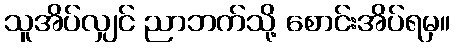
သူအိပ်လျှင် ညာဘက်သို့ စောင်းအိပ်ရမှ။